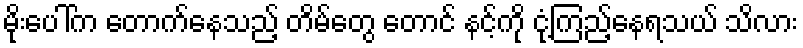
မိုးပေါ်က တောက်နေသည့် တိမ်တွေ တောင် နင့်ကို ငုံ့ကြည့်နေရသယ် သိလား